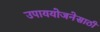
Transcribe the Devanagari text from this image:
उपाययोजनेसाठी